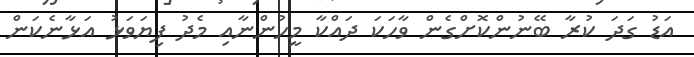
އަޑު ގަދަ ކުރާ ބޭނުންކޮށްގެން ވާހަކަ ދައްކާ މީހުންނާއި މެދު ފިޔަވަޅު އަޅާނެކަން